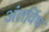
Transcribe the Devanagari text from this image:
अंतर्विष